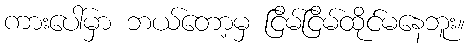
ကားပေါ်မှာ ဘယ်တော့မှ ငြိမ်ငြိမ်ထိုင်မနေဘူး။